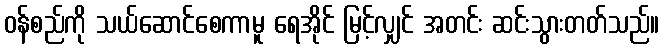
ဝန်စည်ကို သယ်ဆောင်စေကာမူ ရေအိုင် မြင့်လျှင် အတင်း ဆင်းသွားတတ်သည်။